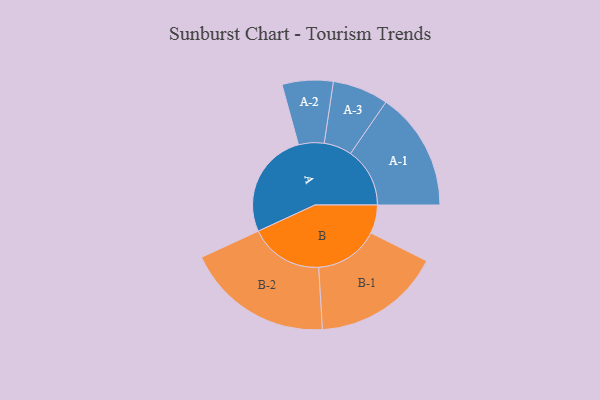
{"axis": {"x": "Segment", "y": "Value"}, "legend": ["", "A", "B"], "data": [{"x": "A", "y": 434, "type": ""}, {"x": "B", "y": 116, "type": ""}, {"x": "A-1", "y": 242, "type": "A"}, {"x": "A-2", "y": 104, "type": "A"}, {"x": "A-3", "y": 114, "type": "A"}, {"x": "B-1", "y": 262, "type": "B"}, {"x": "B-2", "y": 300, "type": "B"}]}